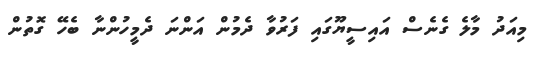
މިއަދު މާލެ ގެނެސް އައިސީޔޫގައި ފަރުވާ ދެމުން އަންނަ ދެމީހުންނާ ބެހޭ ގޮތުން